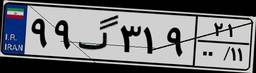
۶۰گ۵۱۱۴۷